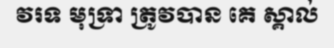
វរទ មុទ្រា ត្រូវបាន គេ ស្គាល់